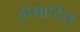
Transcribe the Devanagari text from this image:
होमाप्टेरा